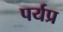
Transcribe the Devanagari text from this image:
पर्यप्र